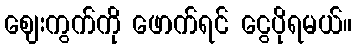
ဈေးကွက်ကို ဖောက်ရင် ငွေပိုရမယ်။